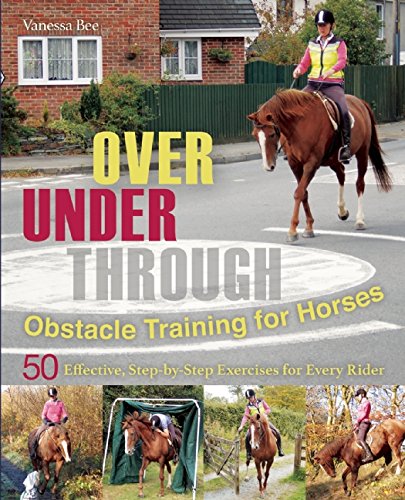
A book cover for Over, Under, Through: Obstacle Training for Horses: 50 Effective, Step-by-Step Exercises for Every Rider; Vanessa Bee; Crafts, Hobbies & Home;